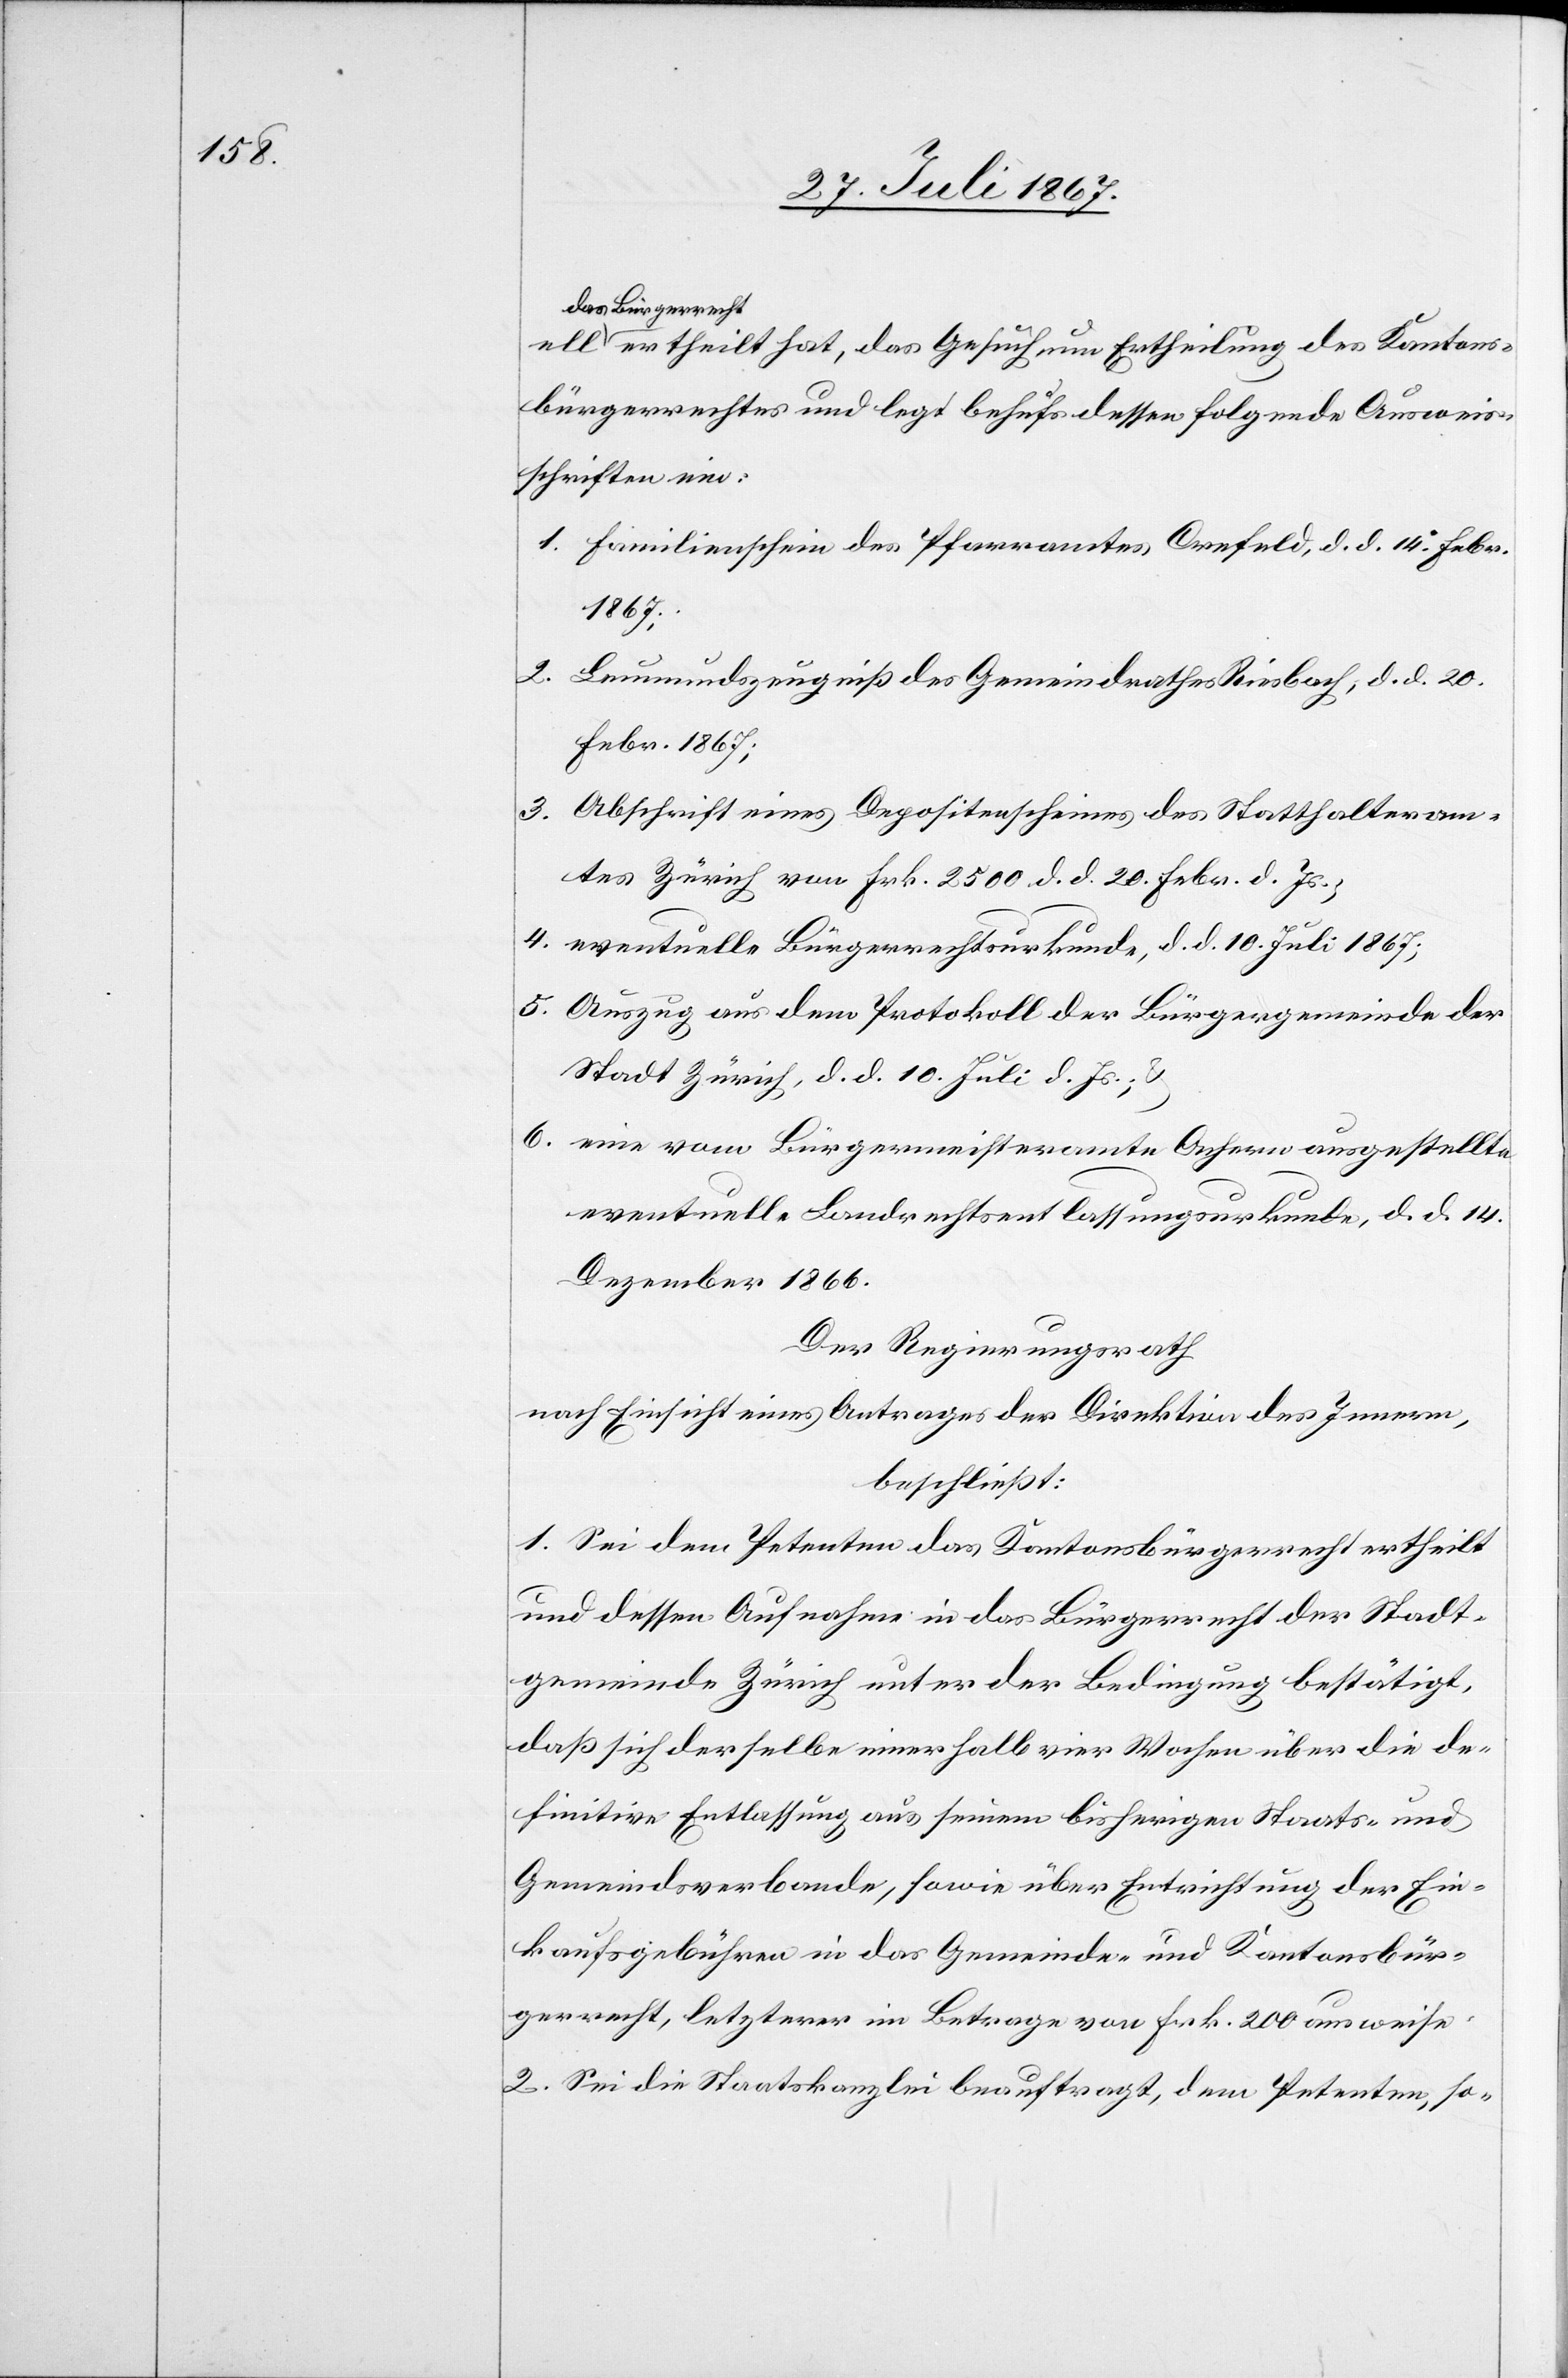
das Bürgerrech¬
t ertheilt hat, das Gesuch um Ertheilung des Kantons¬
bürgerrechtes und legt behufs dessen folgende Ausweis¬
schriften bei:
1. Familienschein des Pfarramtes Crefeld, d. d. 14. Febr
1867;
2.
Leumundszeugniß des Gemeindrathes Riesbach, d. d. 20.
Febr 1867;
3. Abschrift eines Depositenscheines des Statthalteram¬
tes Zürich von Frk. 2500, d. d. 20. Febr. d. Js.;
4. eventuelle Bürgerrechtsurkunde, d. d. 10. Juli 1867;
5. Auszug aus dem Protokoll der Bürgergemeinde der
Stadt Zürich, d. d. 10. Juli d. Js.;
6. eine vom Bürgermeisteramte Achern ausgestellte
eventuelle Landrechtsentlassungsurkunde, d. d. 14.
Dezember 1866.
Der Regierungsrath,
nach Einsicht eines Antrages der Direktion des Innern,
beschließt:
1. Sei dem Petenten das Kantonsbürgerrecht ertheilt
und dessen Aufnahme in das Bürgerrecht der Stadt¬
gemeinde Zürich unter der Bedingung bestätigt,
daß sich derselbe innerhalb vier Wochen über die de¬
finitive Entlassung aus seinem bisherigen Staats- und
Gemeindsverbande, sowie über Entrichtung der Ein¬
kaufsgebühren in das Gemeinde- und Kantonsbür¬
gerrecht, letzterer im Betrage von Frk. 200 ausweise.
2. Sei die Staatskanzlei beauftragt, dem Petenten, so-